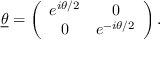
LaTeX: \underline { { { \theta } } } = \left( \begin{array} { c c } { { e ^ { i \theta / 2 } } } & { { 0 } } \\ { { 0 } } & { { e ^ { - i \theta / 2 } } } \end{array} \right) .